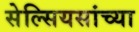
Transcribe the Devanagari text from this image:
सेल्सियसांच्या